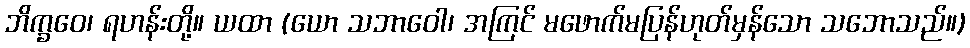
ဘိက္ခဝေ၊ ရဟန်းတို့။ ယထာ (ယော သဘာဝေါ၊ အကြင် မဖောက်မပြန်ဟုတ်မှန်သော သဘောသည်။)